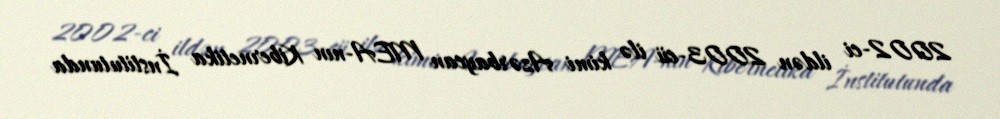
2002-ci ildən 2003-cü ilə kimi Azərbaycan MEA-nın Kibernetika İnstitutunda